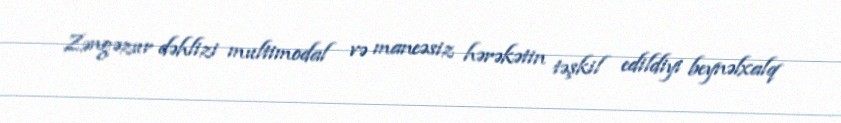
Zəngəzur dəhlizi multimodal və maneəsiz hərəkətin təşkil edildiyi beynəlxalq